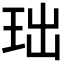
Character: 𮴍